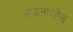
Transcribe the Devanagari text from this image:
साधनाशील